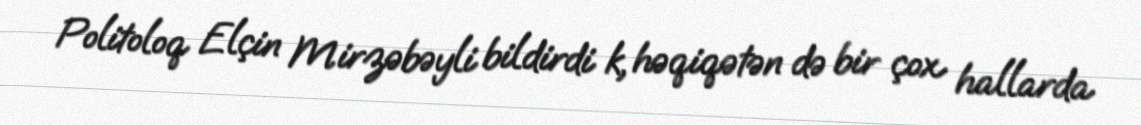
Politoloq Elçin Mirzəbəyli bildirdi k, həqiqətən də bir çox hallarda